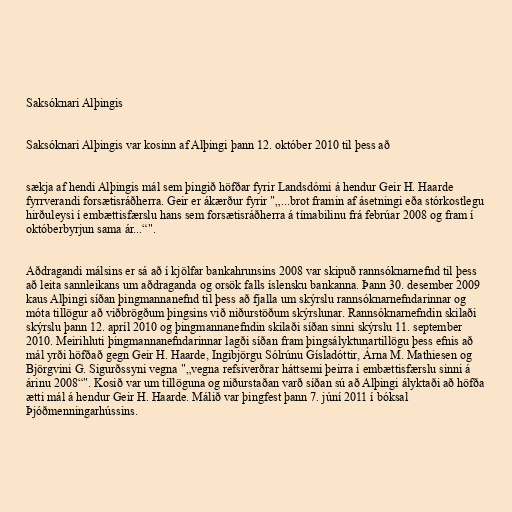
Saksóknari Alþingis

Saksóknari Alþingis var kosinn af Alþingi þann 12. október 2010 til þess að

sækja af hendi Alþingis mál sem þingið höfðar fyrir Landsdómi á hendur Geir H. Haarde
fyrrverandi forsætisráðherra. Geir er ákærður fyrir "„...brot framin af ásetningi eða stórkostlegu
hirðuleysi í embættisfærslu hans sem forsætisráðherra á tímabilinu frá febrúar 2008 og fram í
októberbyrjun sama ár...“".

Aðdragandi málsins er sá að í kjölfar bankahrunsins 2008 var skipuð rannsóknarnefnd til þess
að leita sannleikans um aðdraganda og orsök falls íslensku bankanna. Þann 30. desember 2009
kaus Alþingi síðan þingmannanefnd til þess að fjalla um skýrslu rannsóknarnefndarinnar og
móta tillögur að viðbrögðum þingsins við niðurstöðum skýrslunar. Rannsóknarnefndin skilaði
skýrslu þann 12. apríl 2010 og þingmannanefndin skilaði síðan sinni skýrslu 11. september
2010. Meirihluti þingmannanefndarinnar lagði síðan fram þingsályktunartillögu þess efnis að
mál yrði höfðað gegn Geir H. Haarde, Ingibjörgu Sólrúnu Gísladóttir, Árna M. Mathiesen og
Björgvini G. Sigurðssyni vegna "„vegna refsiverðrar háttsemi þeirra í embættisfærslu sinni á
árinu 2008“". Kosið var um tillöguna og niðurstaðan varð síðan sú að Alþingi ályktaði að höfða
ætti mál á hendur Geir H. Haarde. Málið var þingfest þann 7. júní 2011 í bóksal
Þjóðmenningarhússins.